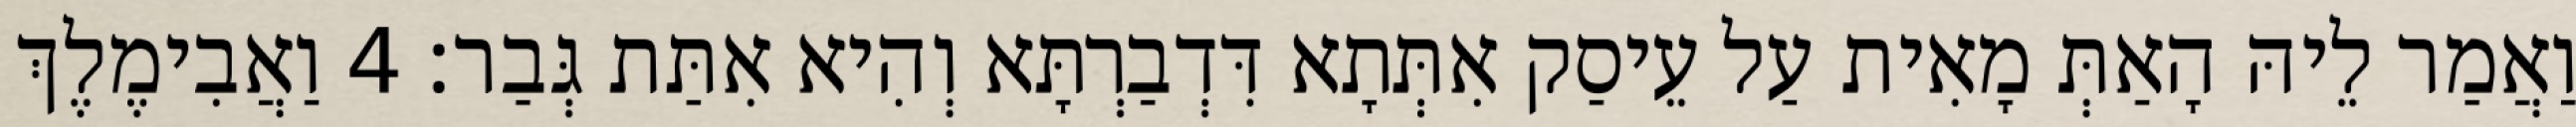
וַאֲמַר לֵיהּ הָאַתְּ מָאִית עַל עֵיסַק אִתְּתָא דִּדְבַרְתָּא וְהִיא אִתַּת גְּבַר׃ 4 וַאֲבִימֶלֶךְ